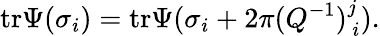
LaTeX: \mathrm{tr}\Psi(\sigma_{i})=\mathrm{tr}\Psi(\sigma_{i}+2\pi(Q^{-1})_{\, i}^{j}).